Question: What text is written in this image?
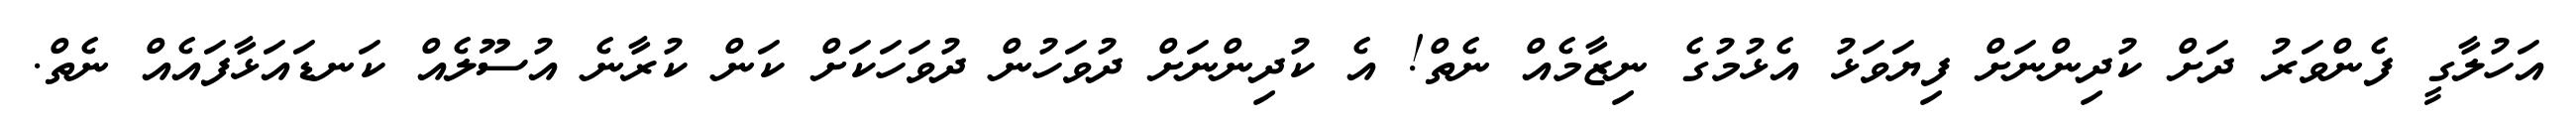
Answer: އަހުލާގީ ފެންވަރު ދަށް ކުދިންނަށް ފިޔަވަޅު އެޅުމުގެ ނިޒާމެއް ނެތް! އެ ކުދިންނަށް ދުވަހުން ދުވަހަކަށް ކަން ކުރާނެ އުސޫލެއް ކަނޑައަޅާފައެއް ނެތް.